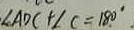
\angle A D C + \angle C = 1 8 0 ^ { \circ }